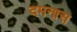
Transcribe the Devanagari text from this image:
दमनास